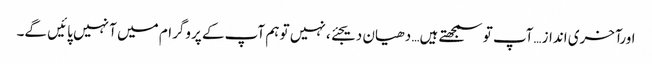
اورآخری انداز…آپ تو سمجھتے ہیں… دھیان دیجئے، نہیں تو ہم آپ کے پروگرام میں آ نہیں پائیں گے۔